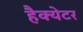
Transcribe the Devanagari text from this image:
हैक्येटर